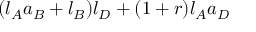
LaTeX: ( l _ { A } a _ { B } + l _ { B } ) l _ { D } + ( 1 + r ) l _ { A } a _ { D }